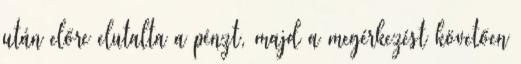
után előre elutalta a pénzt, majd a megérkezést követően